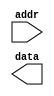
module ble_mem(
	addr,
	data
);

input [7:0]	addr;
output reg	data;


endmodule